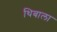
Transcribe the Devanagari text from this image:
थिबाला